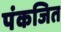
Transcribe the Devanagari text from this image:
पंकजित